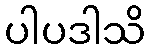
ပါပဒါသိ